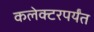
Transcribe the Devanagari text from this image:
कलेक्टरपर्यंत